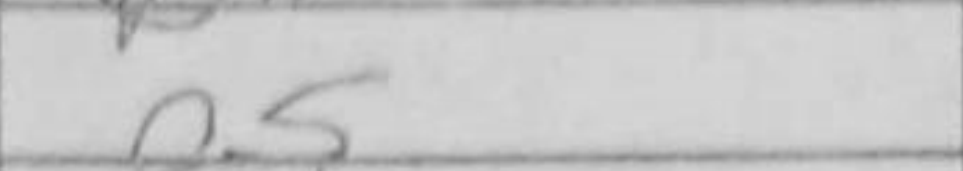
Transcription: e5